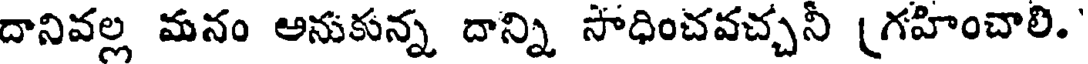
దానివల్ల మనం అనుకున్న దాన్ని సాధించవచ్చనీ (గహించాలి.